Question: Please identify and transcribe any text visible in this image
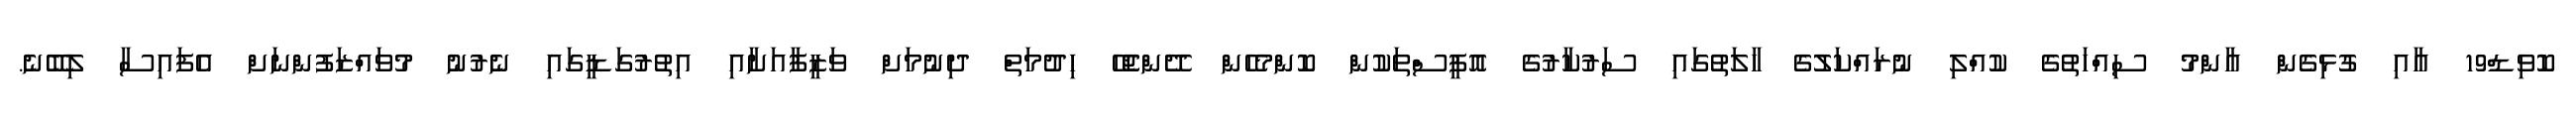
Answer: ކޮވިޑް19 އާއި ގުޅިގެން އާންމު ސިއްހަތުގެ ކުއްލި ނުރައްކަލުގެ ހާލަތުގައި ސަރުކާރުގެ އޮފީސްތަކުން ކޮންމެހެން ދޭންޖެހޭ ހިދުމަތް ދިނުމަށް ވަޒީފާއަށާއި އިތުރުގަޑީގައި ނެރުނު މުވައްޒަފުންނަށް އެފައިސާ ލިބޭނެ.